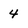
Character: 4